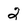
Character: 2